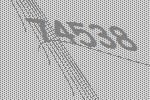
74538